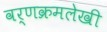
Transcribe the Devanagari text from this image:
वर्णक्रमलेखी